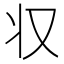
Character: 𠬧